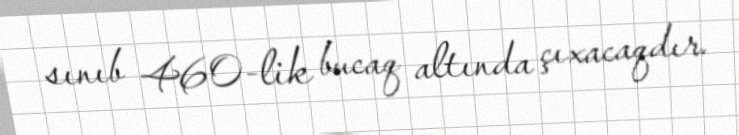
sınıb 460-lik bucaq altında çıxacaqdır.